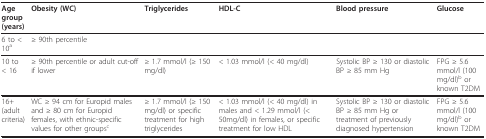
<table><thead><tr><td><b>Age group (years)</b></td><td><b>Obesity (WC)</b></td><td><b>Triglycerides</b></td><td><b>HDL-C</b></td><td><b>Blood pressure</b></td><td><b>Glucose</b></td></tr></thead><tbody><tr><td>6 to &lt; 10<sup>a</sup></td><td>≥ 90th percentile</td><td></td><td></td><td></td><td></td></tr><tr><td>10 to &lt; 16</td><td>≥ 90th percentile or adult cut-off if lower</td><td>≥ 1.7 mmol/l (≥ 150 mg/dl)</td><td>&lt; 1.03 mmol/l (&lt; 40 mg/dl)</td><td>Systolic BP ≥ 130 or diastolic BP ≥ 85 mm Hg</td><td>FPG ≥ 5.6 mmol/l (100 mg/dl)<sup>b </sup>or known T2DM</td></tr><tr><td>16+ (adult criteria)</td><td>WC ≥ 94 cm for Europid males and ≥ 80 cm for Europid females, with ethnic-specific values for other groups<sup>c</sup></td><td>≥ 1.7 mmol/l (≥ 150 mg/dl) or specific treatment for high triglycerides</td><td>&lt; 1.03 mmol/l (&lt; 40 mg/dl) in males and &lt; 1.29 mmol/l (&lt; 50mg/dl) in females, or specific treatment for low HDL</td><td>Systolic BP ≥ 130 or diastolic BP ≥ 85 mm Hg or treatment of previously diagnosed hypertension</td><td>FPG ≥ 5.6 mmol/l (100 mg/dl)<sup>b </sup>or known T2DM</td></tr></tbody></table>